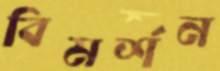
বিমর্শন